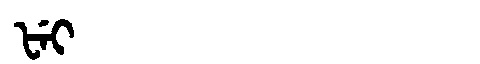
Manchu: ᡶᡝᡳ
Romanization: FEI